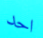
احد